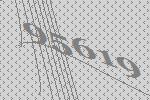
95619